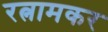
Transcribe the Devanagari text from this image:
रत्नामकर